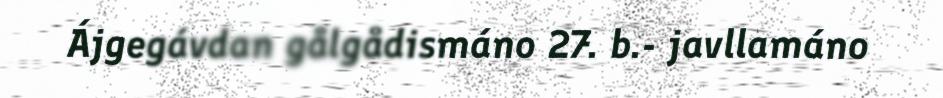
Ájgegávdan gålgådismáno 27. b.- javllamáno